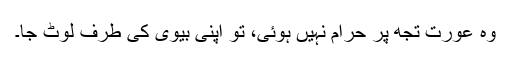
وہ عورت تجھ پر حرام نہیں ہوئی، تُو اپنی بیوی کی طرف لوٹ جا۔